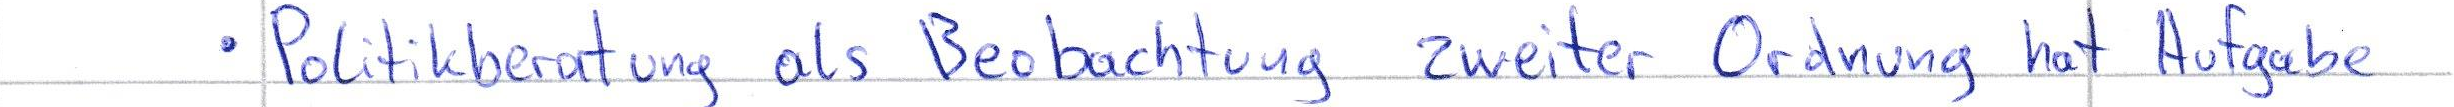
- Politikberatung als Beobachtung zweiter Ordnung hat Aufgabe